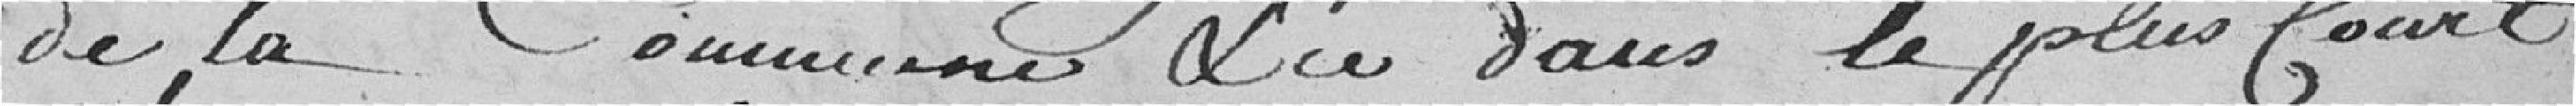
de la Commune et dans le plus court